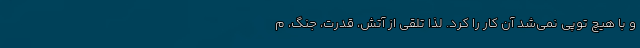
و با هیچ توپی نمی‌شد آن کار را کرد. لذا تلقی از آتش، قدرت، جنگ، م